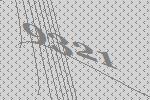
9321